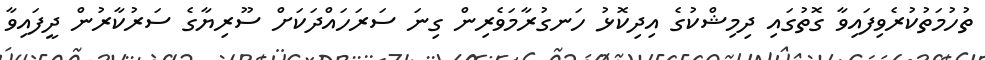
ތުހުމަތުކުރެވިފައިވާ ގޮތުގައި ދިމިޝްކުގެ އިދިކޮޅު ހަނގުރާމަވެރިން ގިނަ ސަރަހައްދަކަށް ސޫރިޔާގެ ސަރުކާރުން ދީފައިވާ